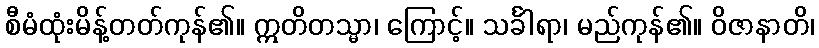
စီမံထုံးမိန့်တတ်ကုန်၏။ ဣတိတသ္မာ၊ ကြောင့်။ သင်္ခါရာ၊ မည်ကုန်၏။ ဝိဇာနာတိ၊